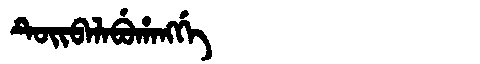
Manchu: ᡨᡠᡳᠪᠠᠯᠠᠪᡠᡥᠠᠩᡤᡝ
Romanization: TUIBALABUHANGGE